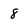
Character: 8